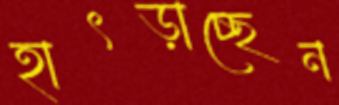
হাৎড়াচ্ছেন